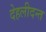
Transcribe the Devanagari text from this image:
देहलीदन्त